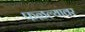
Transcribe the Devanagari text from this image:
फळल्यावर